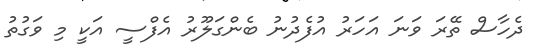
ދެހާސް ތޭރަ ވަނަ އަހަރު އުފެދުނު ބެންގަލޫރު އެފްސީ އަކީ މި ވަގުތު